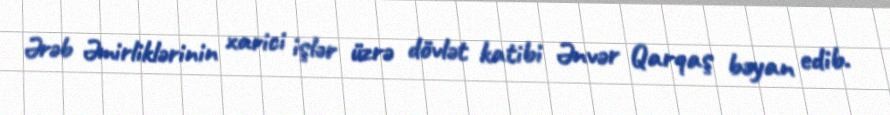
Ərəb Əmirliklərinin xarici işlər üzrə dövlət katibi Ənvər Qarqaş bəyan edib.